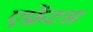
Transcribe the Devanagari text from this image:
एफ्रेंटस